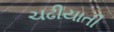
ચઢીયાતી